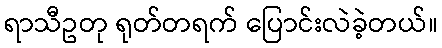
ရာသီဥတု ရုတ်တရက် ပြောင်းလဲခဲ့တယ်။